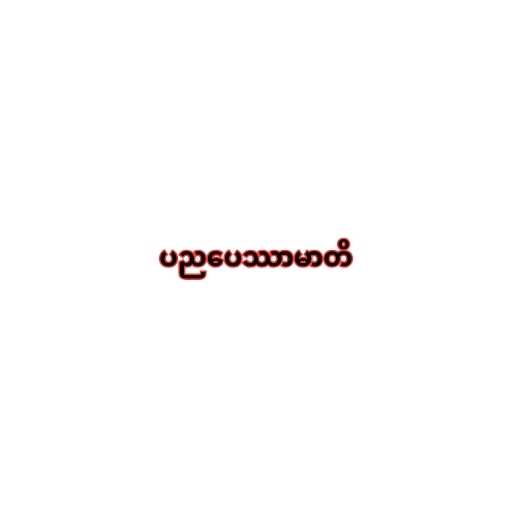
ပညပေဿာမာတိ